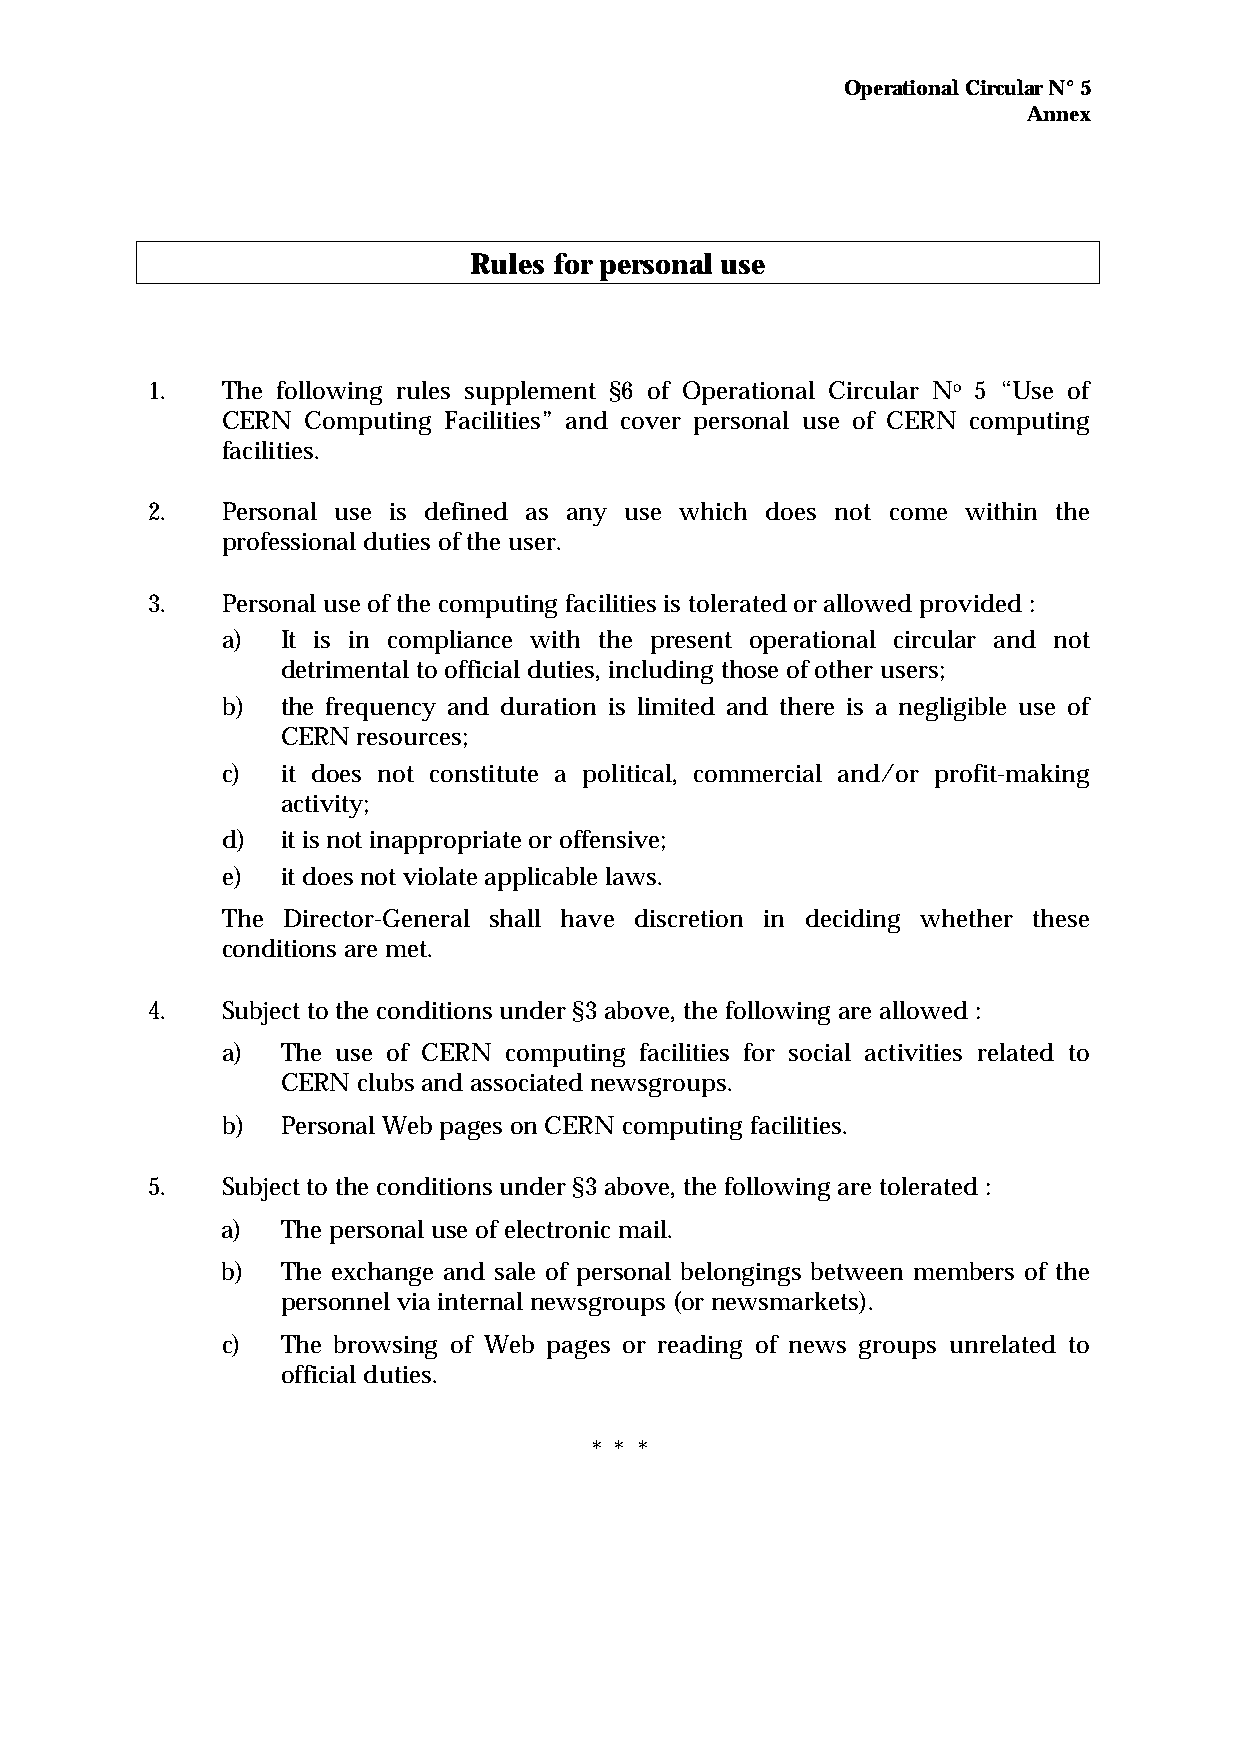
Operational Circular N° 5
 Annex
 Rules for personal use
 1.   The following rules supplement §6 of Operational Circular No 5 “Use of
 CERN Computing Facilities” and cover personal use of CERN computing
 facilities.
 2.   Personal use is defined as any use which does not come within the
 professional duties of the user.
 3.   Personal use of the computing facilities is tolerated or allowed provided :
 a)  It is in compliance with the present operational circular and not
 detrimental to official duties, including those of other users;
 b)  the frequency and duration is limited and there is a negligible use of
 CERN resources;
 c)  it does not constitute a political, commercial and/or profit-making
 activity;
 d)  it is not inappropriate or offensive;
 e)  it does not violate applicable laws.
 The Director-General shall have discretion in deciding whether these
 conditions are met.
 4.   Subject to the conditions under §3 above, the following are allowed :
 a)  The use of CERN computing facilities for social activities related to
 CERN clubs and associated newsgroups.
 b)  Personal Web pages on CERN computing facilities.
 5.   Subject to the conditions under §3 above, the following are tolerated :
 a)  The personal use of electronic mail.
 b)  The exchange and sale of personal belongings between members of the
 personnel via internal newsgroups (or newsmarkets).
 c)  The browsing of Web pages or reading of news groups unrelated to
 official duties.
 * * *